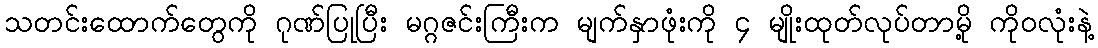
သတင်းထောက်တွေကို ဂုဏ်ပြုပြီး မဂ္ဂဇင်းကြီးက မျက်နှာဖုံးကို ၄ မျိုးထုတ်လုပ်တာမို့ ကိုဝလုံးနဲ့